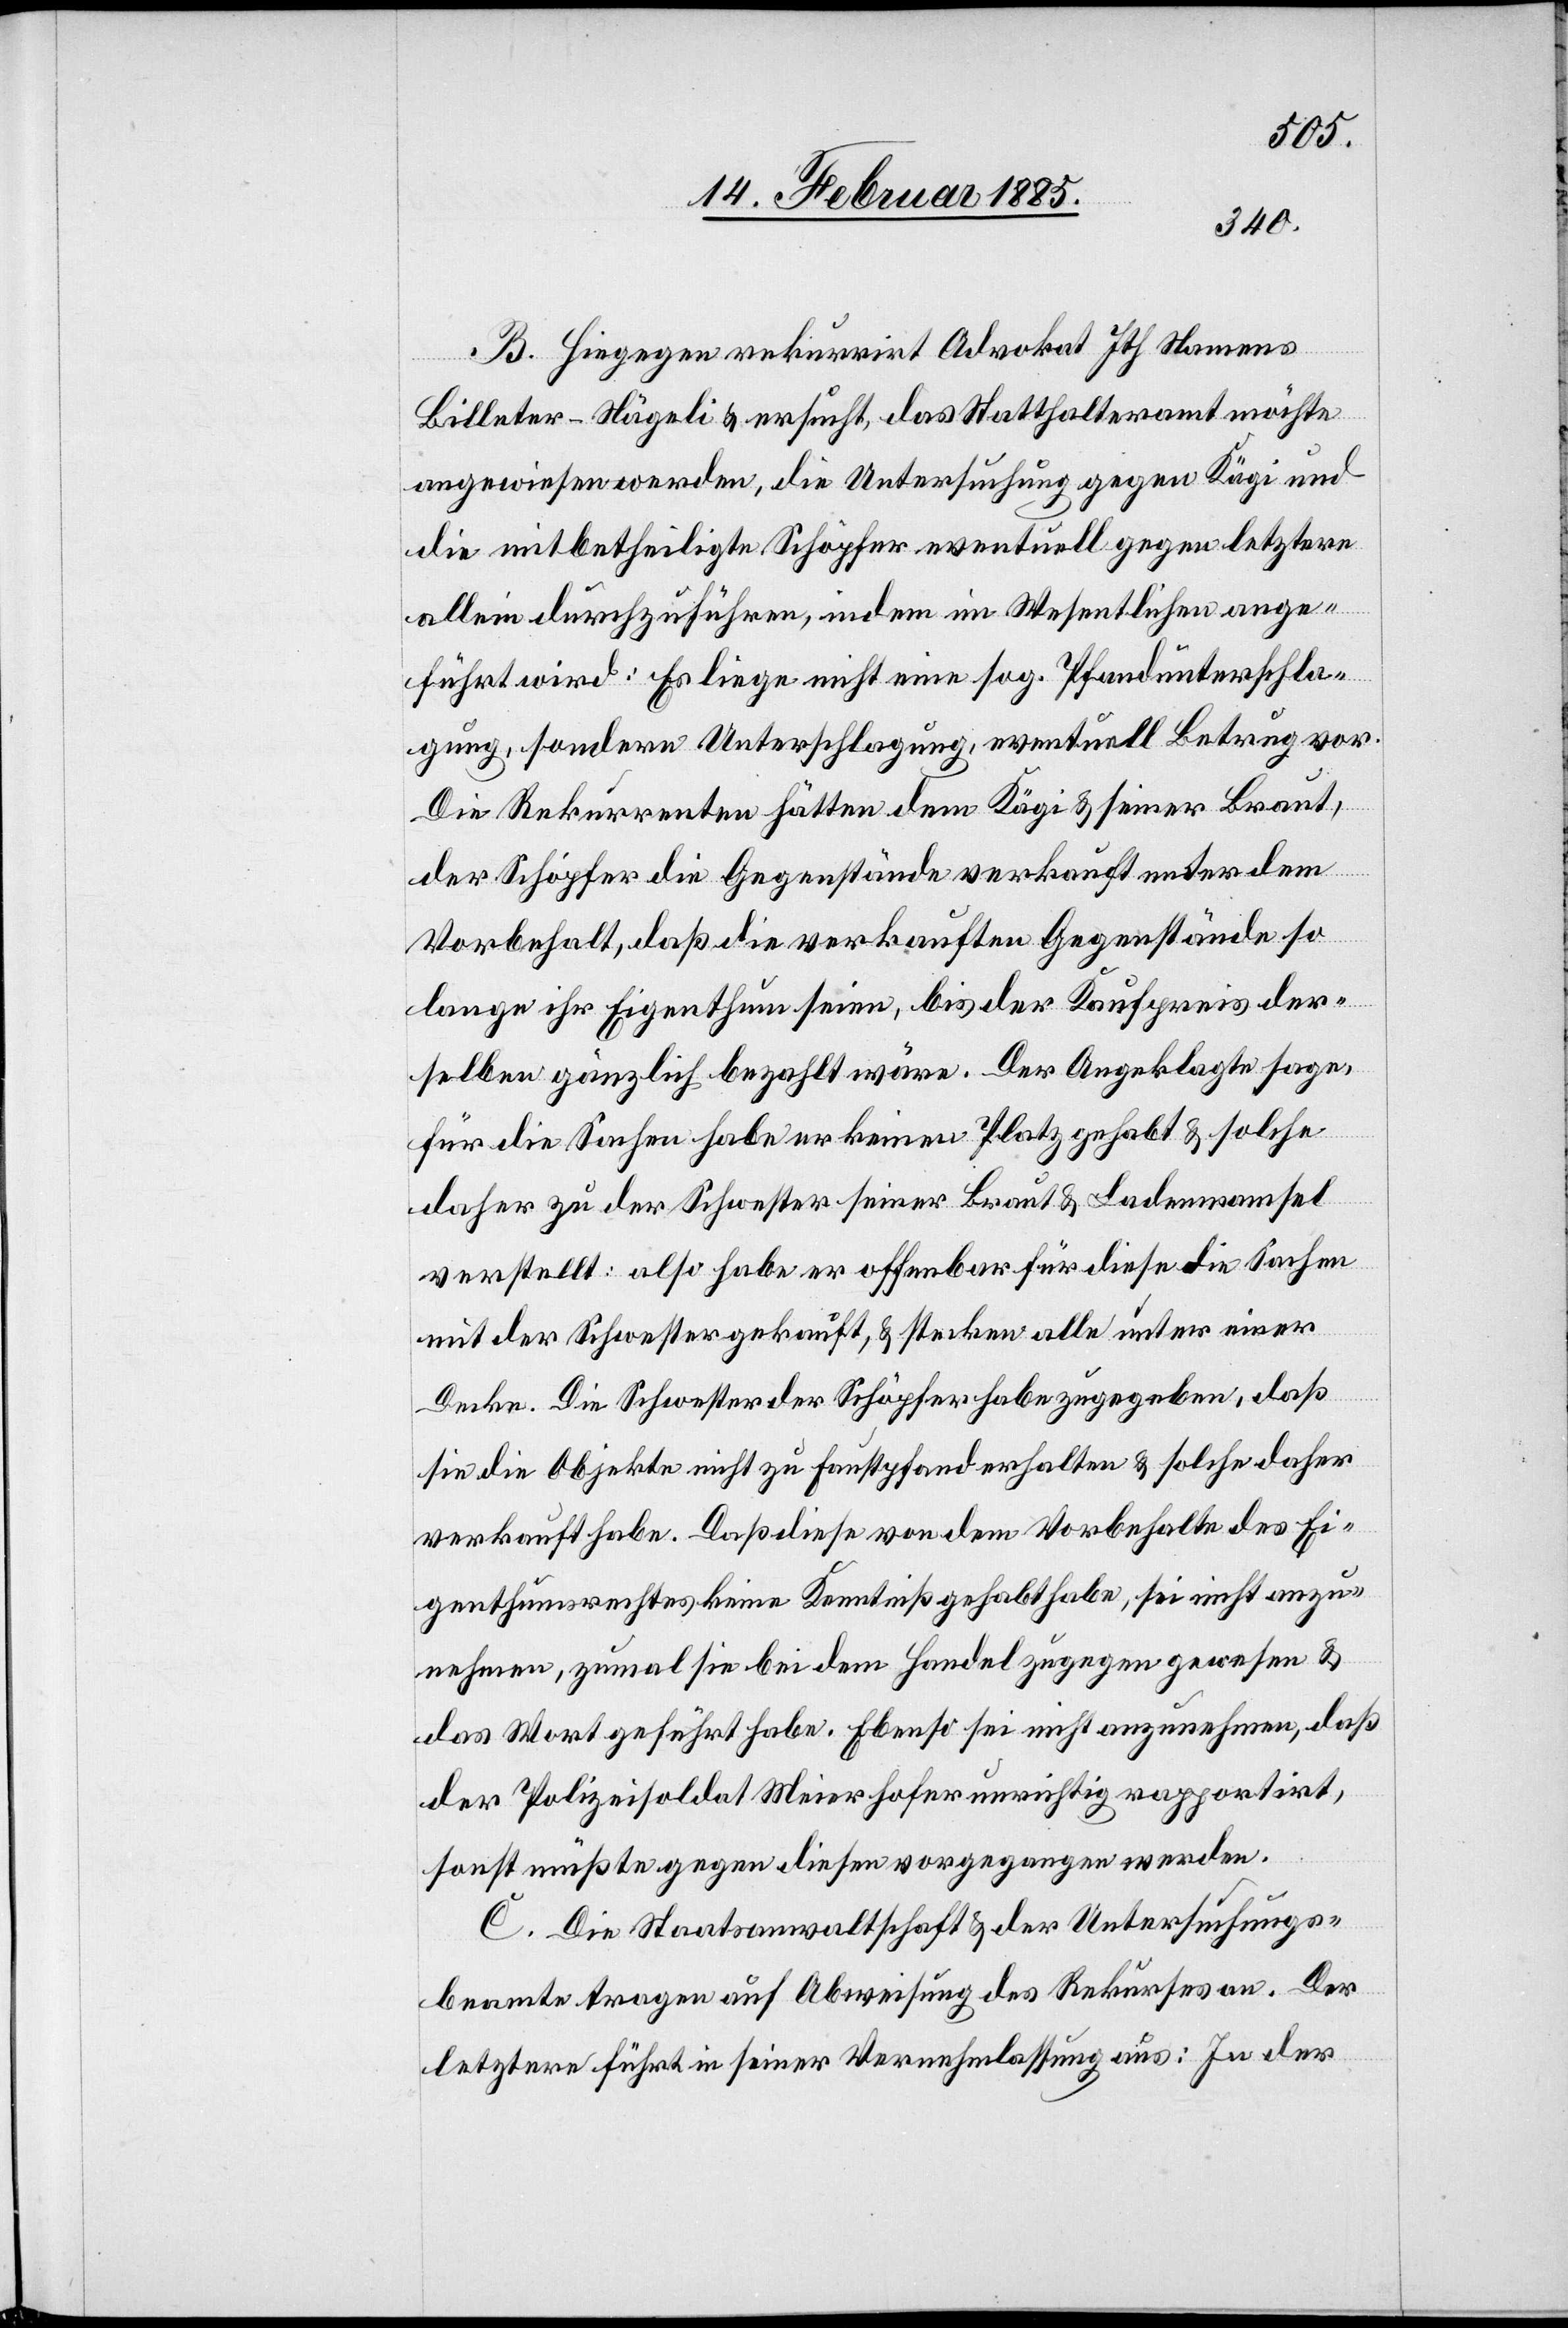
nehmen,
B. Hiegegen rekurrirt Advokat Ith namens
Billeter-Nägeli & ersucht, das Statthalteramt möchte
angewiesen werden, die Untersuchung gegen Kägi und
die mitbetheiligte Schöpfer eventuell gegen letztere
allein durchzuführen, indem im Wesentlichen ange¬
führt wird: Es liege nicht eine sog. Pfandunterschla¬
gung, sondern Unterschlagung, eventuell Betrug vor.
Die Rekurrenten hätten dem Kägi & seiner Braut,
der Schöpfer, die Gegenstände verkauft unter dem
Vorbehalt, daß die verkauften Gegenstände so
lange ihr Eigenthum seien, bis der Kaufspreis der¬
selben gänzlich bezahlt wäre. Der Angeklagte sage,
für die Sachen habe er keinen Platz gehabt & solche
daher zu der Schwester seiner Braut & Ladenmamsel
verstellt: also habe er offenbar für diese die Sachen
mit der Schwester gekauft, & stecken alle unter einer
Decke. Die Schwester der Schöpfer habe zugegeben, daß
sie die Objekte nicht zu Faustpfand erhalten & solche daher
verkauft habe. Daß diese von dem Vorbehalte des Ei¬
genthumsrechtes keine Kenntniß gehabt habe, sei nicht anzu¬
der Polizeisoldat Meierhofer unrichtig rapportirt,
sonst müßte gegen diesen vorgegangen werden.
C. Die Staatsanwaltschaft & der Untersuchungs¬
beamte tragen auf Abweisung des Rekurses an. Der
letztere führt in seiner Vernehmlassung aus: In der